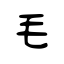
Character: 毛